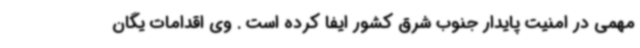
مهمی در امنیت پایدار جنوب شرق کشور ایفا کرده است . وی اقدامات یگان